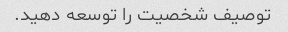
توصیف شخصیت را توسعه دهید.